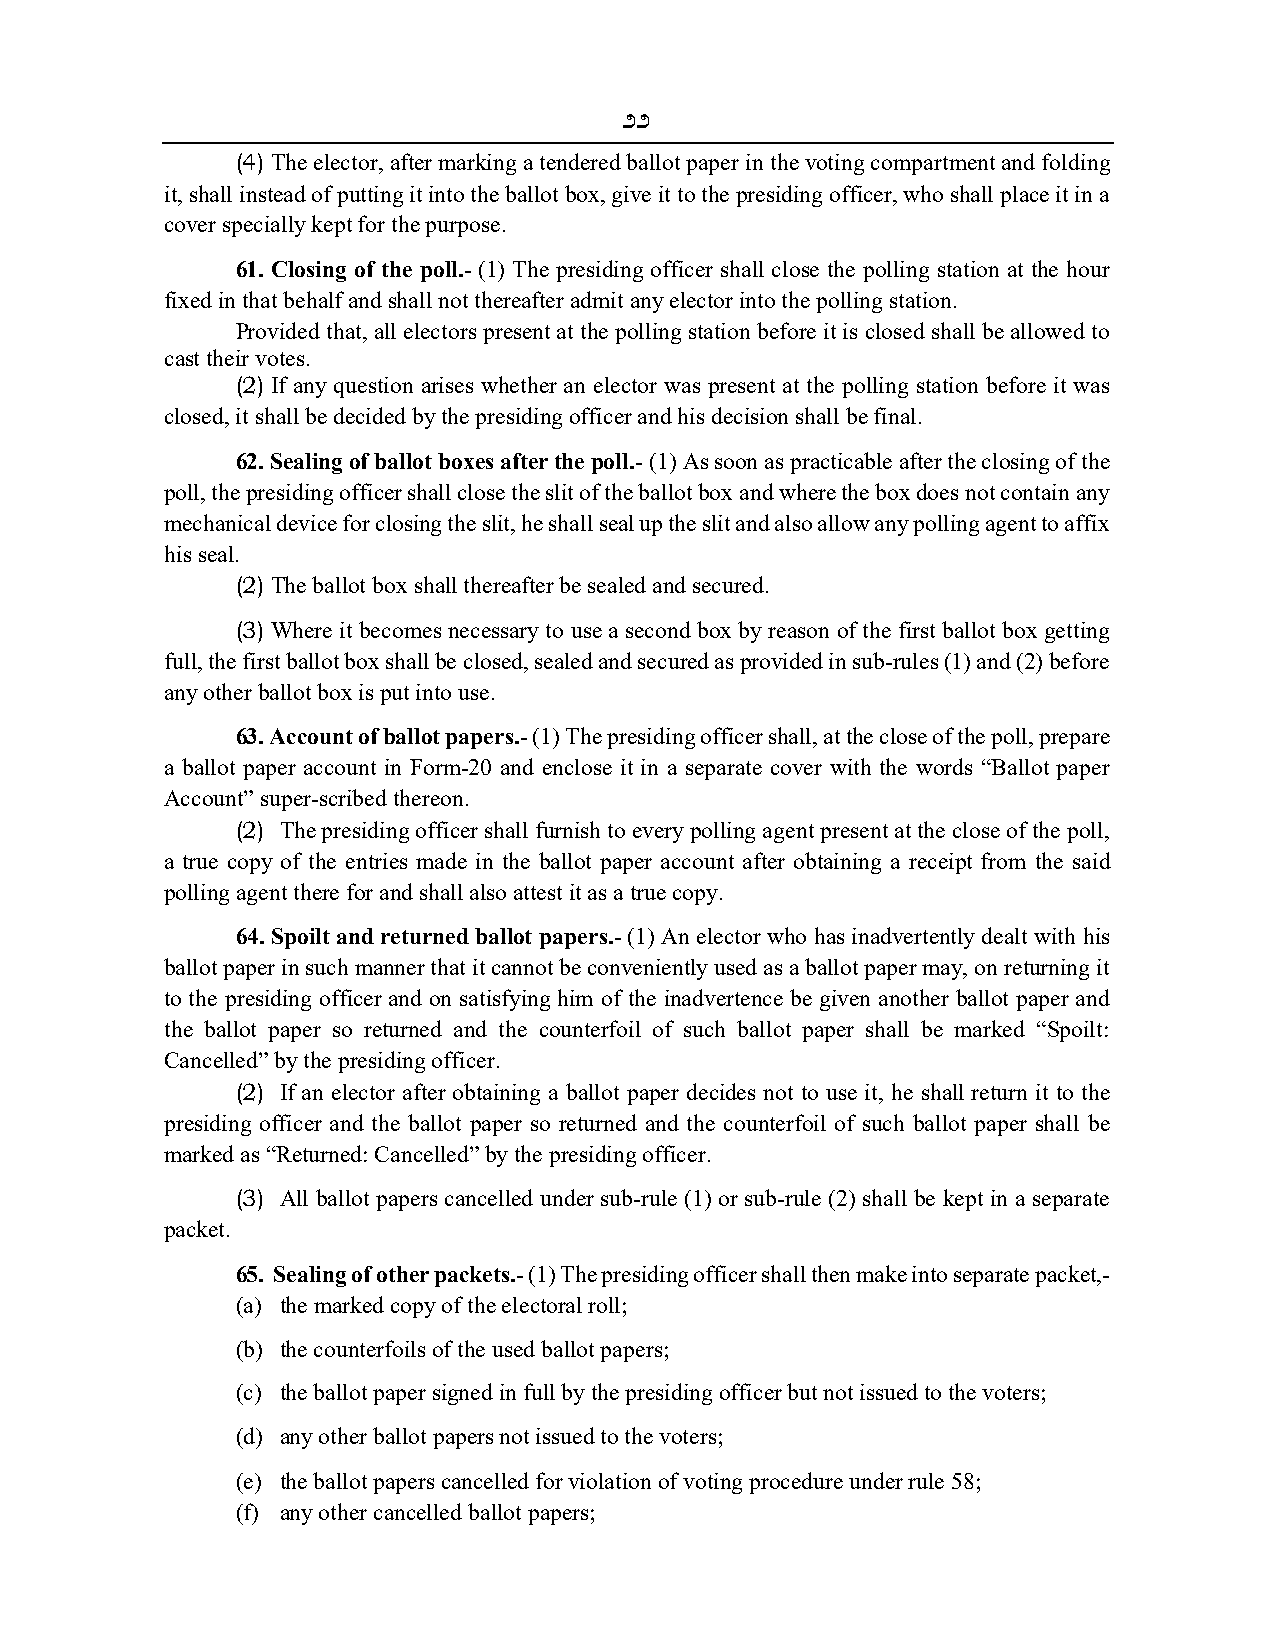
22
 (4) The elector, after marking a tendered ballot paper in the voting compartment and folding
 it, shall instead of putting it into the ballot box, give it to the presiding officer, who shall place it in a
 cover specially kept for the purpose.
 61. Closing of the poll.- (1) The presiding officer shall close the polling station at the hour
 fixed in that behalf and shall not thereafter admit any elector into the polling station.
 Provided that, all electors present at the polling station before it is closed shall be allowed to
 cast their votes.
 (2) If any question arises whether an elector was present at the polling station before it was
 closed, it shall be decided by the presiding officer and his decision shall be final.
 62. Sealing of ballot boxes after the poll.- (1) As soon as practicable after the closing of the
 poll, the presiding officer shall close the slit of the ballot box and where the box does not contain any
 mechanical device for closing the slit, he shall seal up the slit and also allow any polling agent to affix
 his seal.
 (2) The ballot box shall thereafter be sealed and secured.
 (3) Where it becomes necessary to use a second box by reason of the first ballot box getting
 full, the first ballot box shall be closed, sealed and secured as provided in sub-rules (1) and (2) before
 any other ballot box is put into use.
 63. Account of ballot papers.- (1) The presiding officer shall, at the close of the poll, prepare
 a ballot paper account in Form-20 and enclose it in a separate cover with the words “Ballot paper
 Account” super-scribed thereon.
 (2) The presiding officer shall furnish to every polling agent present at the close of the poll,
 a true copy of the entries made in the ballot paper account after obtaining a receipt from the said
 polling agent there for and shall also attest it as a true copy.
 64. Spoilt and returned ballot papers.- (1) An elector who has inadvertently dealt with his
 ballot paper in such manner that it cannot be conveniently used as a ballot paper may, on returning it
 to the presiding officer and on satisfying him of the inadvertence be given another ballot paper and
 the ballot paper so returned and the counterfoil of such ballot paper shall be marked “Spoilt:
 Cancelled” by the presiding officer.
 (2) If an elector after obtaining a ballot paper decides not to use it, he shall return it to the
 presiding officer and the ballot paper so returned and the counterfoil of such ballot paper shall be
 marked as “Returned: Cancelled” by the presiding officer.
 (3) All ballot papers cancelled under sub-rule (1) or sub-rule (2) shall be kept in a separate
 packet.
 65. Sealing of other packets.- (1) The presiding officer shall then make into separate packet,-
 (a) the marked copy of the electoral roll;
 (b) the counterfoils of the used ballot papers;
 (c) the ballot paper signed in full by the presiding officer but not issued to the voters;
 (d) any other ballot papers not issued to the voters;
 (e) the ballot papers cancelled for violation of voting procedure under rule 58;
 (f) any other cancelled ballot papers;